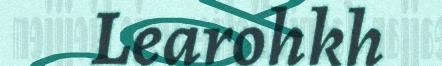
Learohkh